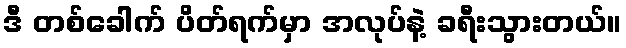
ဒီ တစ်ခေါက် ပိတ်ရက်မှာ အလုပ်နဲ့ ခရီးသွားတယ်။